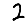
Digit: 2